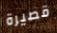
قصيرة